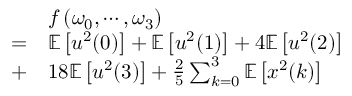
\begin{array} { r l } & { f \left( \omega _ { 0 } , \cdots , \omega _ { 3 } \right) } \\ { = } & { \mathbb { E } \left[ u ^ { 2 } ( 0 ) \right] + \mathbb { E } \left[ u ^ { 2 } ( 1 ) \right] + 4 \mathbb { E } \left[ u ^ { 2 } ( 2 ) \right] } \\ { + } & { 1 8 \mathbb { E } \left[ u ^ { 2 } ( 3 ) \right] + \frac { 2 } { 5 } \sum _ { k = 0 } ^ { 3 } \mathbb { E } \left[ x ^ { 2 } ( k ) \right] } \end{array}